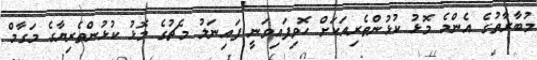
މުބާރާތުގެ އެންމެ މޮޅު ކުޅުންތެރިއަކަށް ހޮވިފައިވަނީ ފައިނަލު މެޗުގެ މޮޅު ކުޅުންތެރިޔާގެ މަގާމް